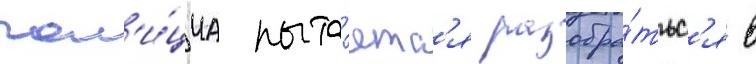
пол'и́циа пыта́етс'я разобра́тьс'я в